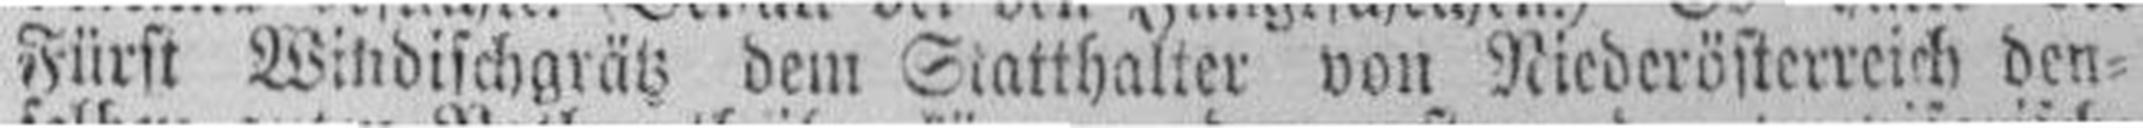
Fürst Windischgrätz dem Siatthalter von Niederösterreich den¬